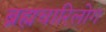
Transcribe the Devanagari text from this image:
ब्रह्मचारिलोग